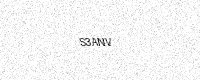
Text: S3ANV